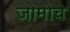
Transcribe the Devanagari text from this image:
जोमोचे